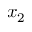
x _ { 2 }